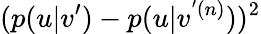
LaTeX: (p(u|v^{\prime})-p(u|v^{'(n)}))^{2}